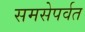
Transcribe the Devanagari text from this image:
समसेपर्वत